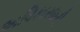
અધિકારધારી